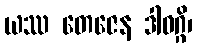
ယဿ တေဇေန ဒါဝဂ္ဂိ၊